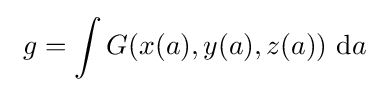
~g=\int G(x(a),y(a),z(a))~{\rm {d}}a~